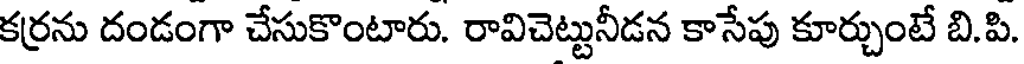
కర్రను దండంగా చేసుకొంటారు. రావిచెట్టునీడన కాసేపు కూర్చుంటే బి.పి.